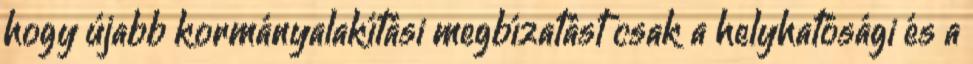
hogy újabb kormányalakítási megbízatást csak a helyhatósági és a